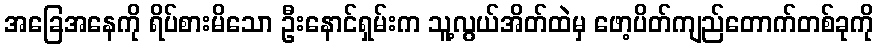
အခြေအနေကို ရိပ်စားမိသော ဦးနောင်ရှမ်းက သူ့လွယ်အိတ်ထဲမှ ဖော့ပိတ်ကျည်တောက်တစ်ခုကို